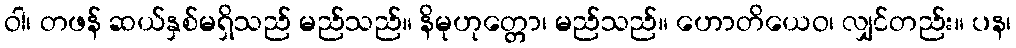
ဝါ၊ တဖန် ဆယ်နှစ်မရှိသည် မည်သည်။ နိမုဟုတ္တော၊ မည်သည်။ ဟောတိယေဝ၊ လျှင်တည်း။ ပန၊